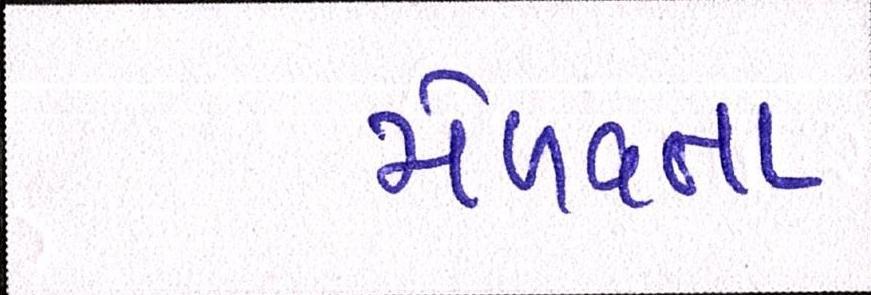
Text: મેળવતા